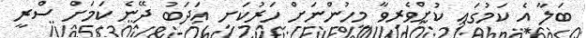
ބަލާ އެ ކަމުގައި ކުށްވެރިވާ މީހުންނަށް ހަރުކަށި އަދަބު ދޭނެ ކަމަށް ސްރީ